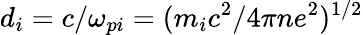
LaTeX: d_{i}=c/\omega_{pi}=(m_{i}c^{2}/4\pi ne^{2})^{1/2}